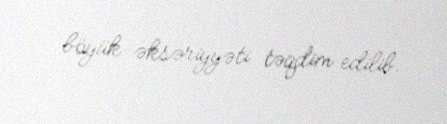
böyük əksəriyyəti təqdim edilib.